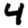
Digit: 4